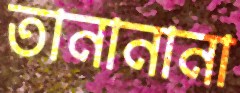
তানানানা